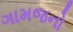
ગામજનો